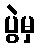
ပွဲမှ